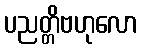
ပညတ္တိဗဟုလော